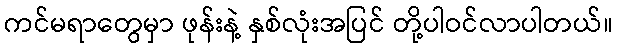
ကင်မရာတွေမှာ ဖုန်းနဲ့ နှစ်လုံးအပြင် တို့ပါဝင်လာပါတယ်။